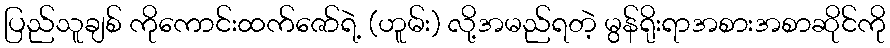
ပြည်သူချစ် ကိုကောင်းထက်ဇော်ရဲ့ (ဟူမ်း) လို့အမည်ရတဲ့ မွန်ရိုးရာအစားအစာဆိုင်ကို